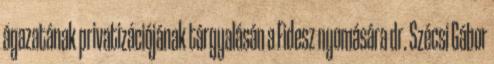
ágazatának privatizációjának tárgyalásán a Fidesz nyomására dr. Szécsi Gábor